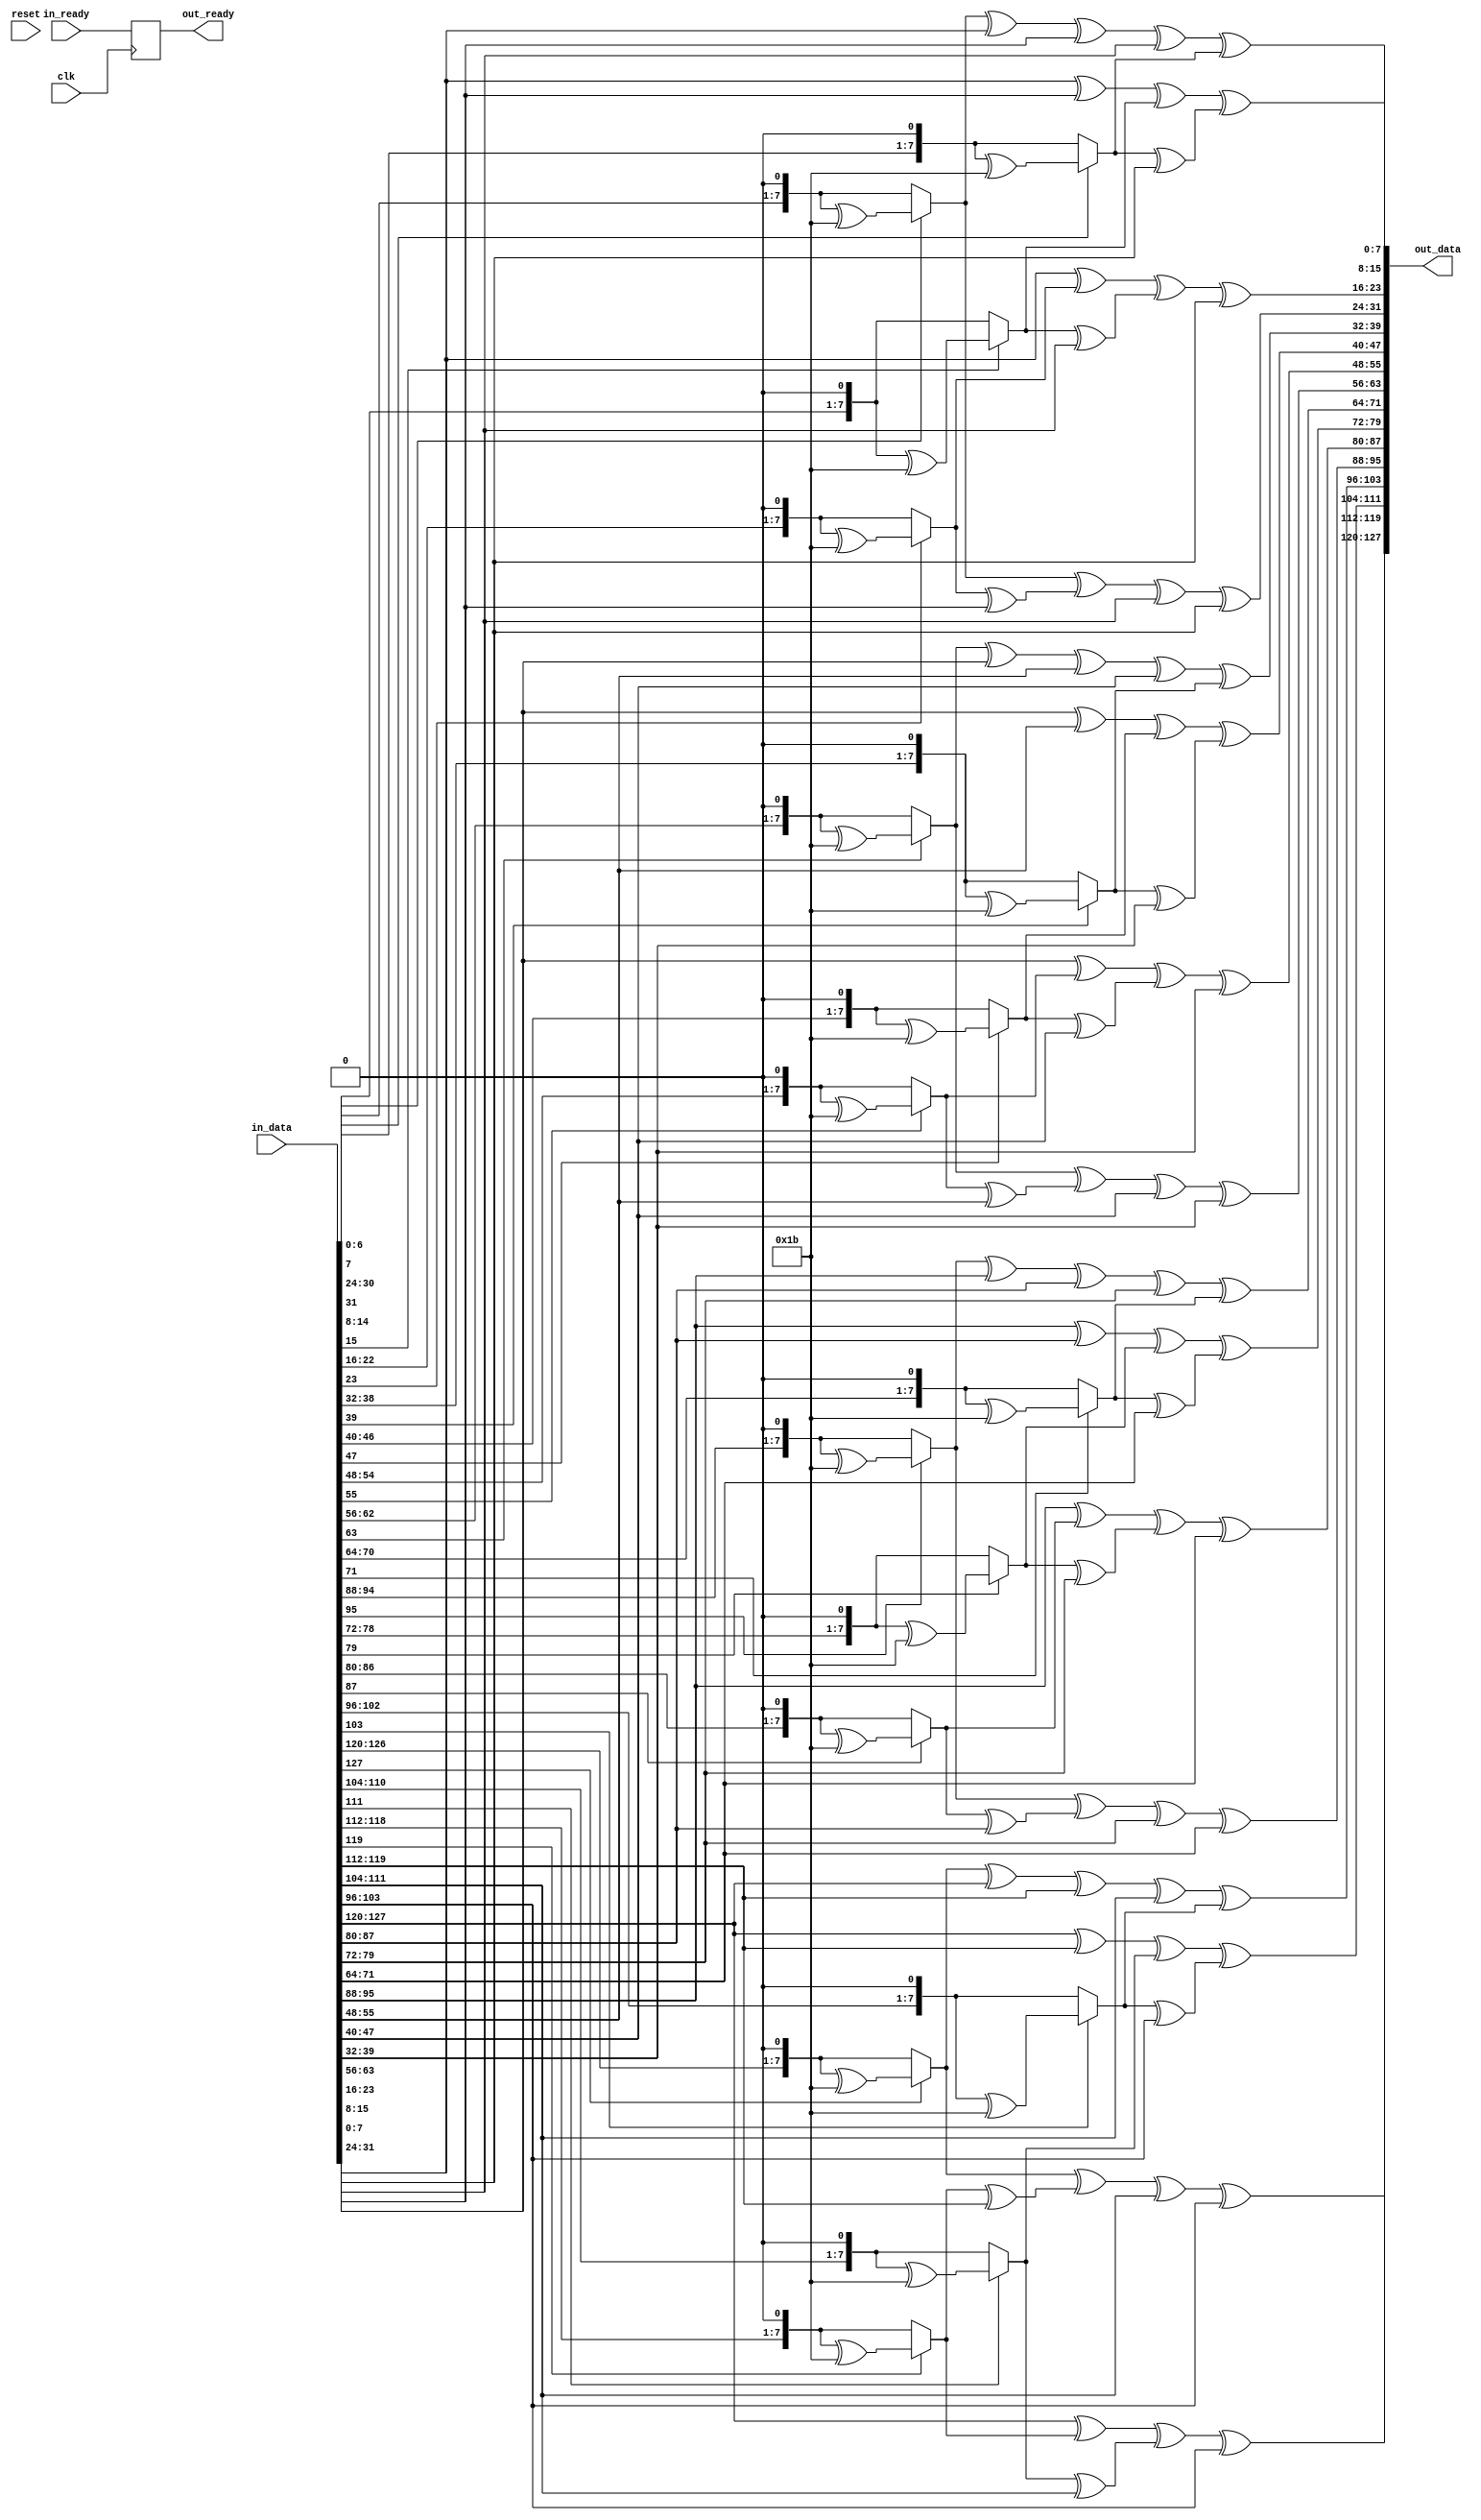
module mixColumns (clk, reset, in_data, in_ready, out_data, out_ready);
	
	input clk, reset;
	input [0:127] in_data;
	input in_ready;
	
	output [0:127] out_data;
	output reg out_ready;
	
	// Combinational Implementation	
	/* 
	[c0] = [2 3 1 1] [c0]
	[c1] = |1 2 3 1| |c1|
	[c2] = |1 1 2 3| |c2|
	[c3] = [3 1 1 2] [c3]
	*/
	
	// Although the given block is combinational, will have 1 cycle wait time to maintain pipeline setup.
	always @(posedge clk) begin
		out_ready <= in_ready;
	end
	
	// Only multiply by 2 and 3 needed.
	// Multiply by 2 is done as intended by algorithm
	// Multiply by 3 is multiply by 2 and xor which xor is done in second cycle. (Will change when pipeline comes)
	
	function [0:7] mul2 (input [0:7] byte_in);
		begin 
				/* If LSB is 1, LShift by 1 and xor with 8'h1b. else do only LShift*/
				if(byte_in[0] == 1) mul2 = ((byte_in << 1) ^ 8'h1b);
				else mul2 = byte_in << 1; 
		end 	
	endfunction

	function [0:7] mul3 (input [0:7] byte_in); //multiply by 3
		begin 	
				mul3 = mul2(byte_in) ^ byte_in;
		end 
	endfunction

	genvar i;
	generate 
		for(i=0;i<16;i=i+4) begin : m_col	// 1 entire column
			assign out_data[((i  )*8):((i  )*8)+7] = mul2(in_data[((i  )*8):((i  )*8)+7]) ^ mul3(in_data[((i+1)*8):((i+1)*8)+7]) ^ in_data[((i+2)*8):((i+2)*8)+7]       ^ in_data[((i+3)*8):((i+3)*8)+7];
			assign out_data[((i+1)*8):((i+1)*8)+7] = in_data[((i  )*8):((i  )*8)+7]       ^ mul2(in_data[((i+1)*8):((i+1)*8)+7]) ^ mul3(in_data[((i+2)*8):((i+2)*8)+7]) ^ in_data[((i+3)*8):((i+3)*8)+7];
			assign out_data[((i+2)*8):((i+2)*8)+7] = in_data[((i  )*8):((i  )*8)+7]       ^ in_data[((i+1)*8):((i+1)*8)+7]       ^ mul2(in_data[((i+2)*8):((i+2)*8)+7]) ^ mul3(in_data[((i+3)*8):((i+3)*8)+7]);
			assign out_data[((i+3)*8):((i+3)*8)+7] = mul3(in_data[((i  )*8):((i  )*8)+7]) ^ in_data[((i+1)*8):((i+1)*8)+7]       ^ in_data[((i+2)*8):((i+2)*8)+7]       ^ mul2(in_data[((i+3)*8):((i+3)*8)+7]);
		end
	endgenerate
	
endmodule